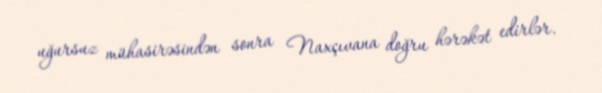
uğursuz mühasirəsindən sonra Naxçıvana doğru hərəkət edirlər.